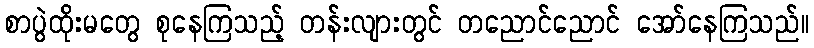
စာပွဲထိုးမတွေ စုနေကြသည့် တန်းလျားတွင် တညောင်ညောင် အော်နေကြသည်။